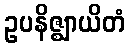
ဥပနိဇ္ဈာယိတံ